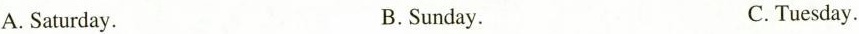
A.Saturday. B.Sunday. C.Tuesday.